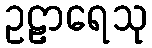
ဥဠာရေသု